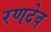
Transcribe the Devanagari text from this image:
रणदेव